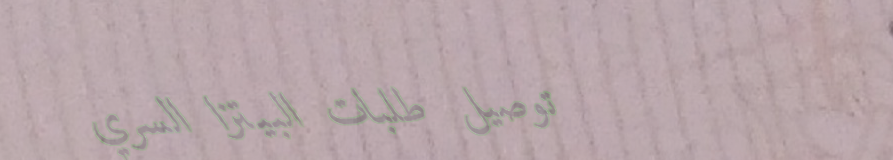
توصيل طلبات البيتزا السري